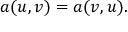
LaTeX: a ( u , v ) = a ( v , u ) .